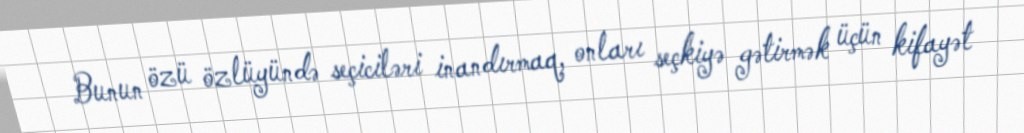
Bunun özü özlüyündə seçiciləri inandırmaq, onları seçkiyə gətirmək üçün kifayət